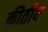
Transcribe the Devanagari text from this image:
क्रीतीय